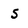
Character: s